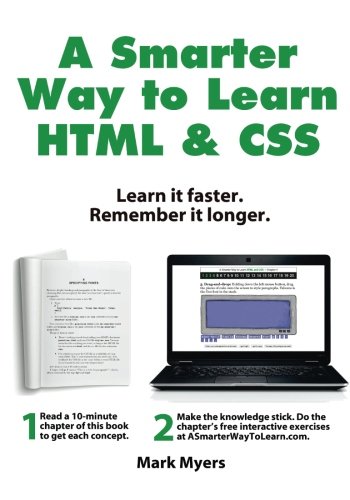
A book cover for A Smarter Way to Learn HTML & CSS: Learn it faster. Remember it longer. (Volume 2); Mark Myers; Computers & Technology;